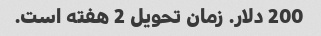
200 دلار. زمان تحویل 2 هفته است.